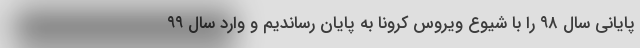
پایانی سال ۹۸ را با شیوع ویروس کرونا به پایان رساندیم و وارد سال ۹۹